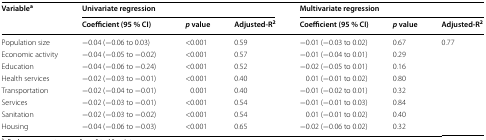
| <ROWSPAN=2> Variablea | <COLSPAN=3> Univariate regression | <COLSPAN=3> Multivariate regression |
 | Coefficient (95 % CI) | p value | Adjusted-R2 | Coefficient (95 % CI) | p value | Adjusted-R2 |
 | --- | --- | --- | --- | --- | --- | --- |
 | Population size | −0.04 (−0.06 to 0.03) | <0.001 | 0.59 | −0.01 (−0.03 to 0.02) | 0.67 | <ROWSPAN=8> 0.77 |
 | Economic activity | −0.04 (−0.05 to −0.02) | <0.001 | 0.57 | −0.01 (−0.04 to 0.01) | 0.29 |
 | Education | −0.04 (−0.06 to −0.24) | <0.001 | 0.52 | −0.02 (−0.05 to 0.01) | 0.16 |
 | Health services | −0.02 (−0.03 to −0.01) | <0.001 | 0.40 | 0.01 (−0.01 to 0.02) | 0.80 |
 | Transportation | −0.02 (−0.04 to −0.01) | 0.001 | 0.40 | −0.01 (−0.02 to 0.01) | 0.32 |
 | Services | −0.02 (−0.03 to −0.01) | <0.001 | 0.54 | −0.01 (−0.01 to 0.03) | 0.84 |
 | Sanitation | −0.02 (−0.03 to −0.02) | <0.001 | 0.54 | 0.01 (−0.01 to 0.02) | 0.40 |
 | Housing | −0.04 (−0.06 to −0.03) | <0.001 | 0.65 | −0.02 (−0.06 to 0.02) | 0.32 |